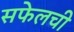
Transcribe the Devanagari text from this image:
सफेलची